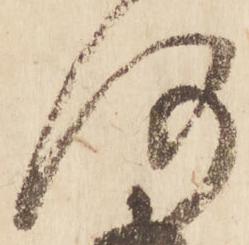
河